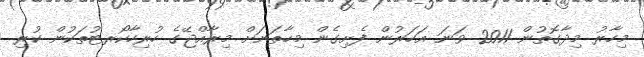
މިހާރު މިދާގޮތުން 2011 ވަނަ އަހަރުން ފެށިގެން މިހާތަނަށް މިރާއްޖޭގެ ހުރިހާކޯރޓުތަކުން ކުރި